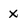
Character: x